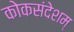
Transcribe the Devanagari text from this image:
कोकसंदेशम्